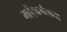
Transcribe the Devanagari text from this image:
महेंद्रवर्मनाचा